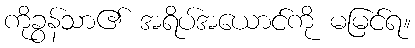
ကိုခွန်သာ၏ အရိပ်အယောင်ကို မမြင်ရ။